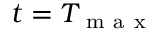
t = T _ { \mathrm { ~ m ~ a ~ x ~ } }